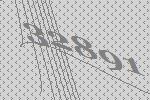
32891